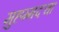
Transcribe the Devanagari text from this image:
मुहम्मदचा